Vital statistics of India. Vol. IV, Annual returns from 1871 to 1876. British Army of India, Native Army and jails of Bengal
Year: 1871
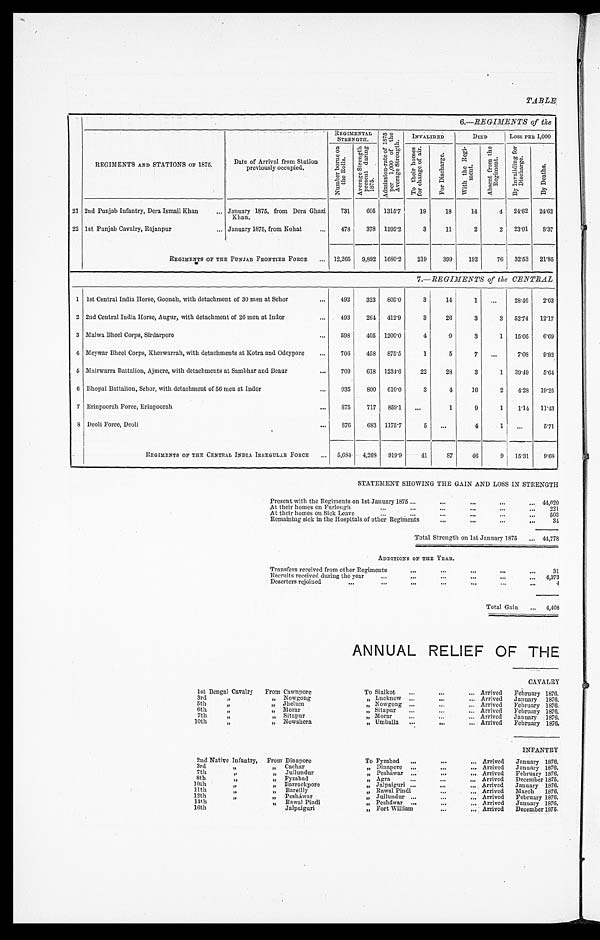
TABLE
6.—REGIMENTS of the
REGIMENTS AND STATIONS OF 1875.
Date of Arrival from Station
previously occupied.
REGIMENTAL
STRENGTH.
A d m i s s i o n - r a t e o f 1 8 7 5 p e r 1 , 0 0 0 o f t h e A v e r a g e S t r e n g t h .
INVALIDED
DIED
Loss PER 1,000
N u m b e r b o r n e o n t h e R o l l s .
A v e r a g e S t r e n g t h p r e s e n t d u r i n g 1 8 7 5 .
T o t h e i r h o m e s f o r c h a n g e o f a i r .
F o r D i s c h a r g e .
W i t h t h e R e g i m e n t .
A b s e n t f r o m t h e R e g i m e n t .
B y I n v a l i d i n g f o r D i s c h a r g e .
B y D e a t h s .
21 2nd Punjab Infantry, Dera Ismail Khan
. . . January 1875, from Dera Ghazi
Khan.
731
605 1315.7
19
18
14
4 24.62 24.62
22 1st Punjab Cavalry, Rajanpur
... January 1875, from Kohat
...
478
378 1595.2
3
11
2
2 23.01
8 . 3 7
REGIMENTS OF THE PUNJAB FRONTIER FORCE
... 12,265 9,892 1680.2
219
399
192
76 32.53 21.85
7.—REGIMENTS of the CENTRAL
1 1st Central India Horse, Goouah, with detachment of 30 men at Sehor
. . .
492
323 805.0
3
14
1
. . . 28.16
2.03
2 2nd Central India Horse, Augur, with detachment of 26 men at Indor
...
493
264 412.9
3
26
3
3 52.74 12.17
3 Malwa Bheel Corps, Sirdarpore
...
598
405 1200.0
4
.9
3
1 15.05
6.69
4 Meywar Bheel Corps, Kherwarrah, with detachments at Kotra and Odeypore
...
706
458 875.5
1
5
7
. . . 7.08
9.92
5 Mairwarra Battalion, Ajmere, with detachments at Sambhar and Beaur
...
709
618 1234.6
22
28
3
1 39.49
5.64
6 Bhopal Battalion, Sehor, with detachment of 56 men at Indor
. . . 935
800 610.0
3
4
16
2
4.28 19.25
7 Erinpoorah Force, Erinpoorah
...
S75
717 859.1
. . .
1
9
1
1.14 11.43
8 Deoli Force, Deoli
...
876
683 1175.7
5
. . .
4
1 ...
5.71
REGIMENTS OF THE CENTRAL INDIA IRREGULAR FORCE
... 5,684 4,269 919.9
41
87
46
9 15.31
9.68
STATEMENT SHOWING THE GAIN AND LOSS IN STRENGTH
Present with the Regiments on 1st January 1875 ...
...
...
...
... 44, 020
At their homes on Furlough
...
...
...
...
. . .
. . .
2 2 1
At their homes on Sick Leave
...
. . .
. . .
...
...
...
503
Remaining sick in the Hospitals of other Regiments
...
...
...
...
34
Total Strength on let January 1875
... 44,778
ADDITION'S OF THE YEAR.
Transfers received from other Regiments
. . .
. . .
...
...
...
31
Recruits received during the year
. . .
...
. . .
...
...
4,373
Deserters rejoined
...
. . .
...
. . .
. . .
. . . . . .
4
Total Gain ... 4,408
ANNUAL RELIEF OF THE
CAVALRY
lst Bengal Cavalry From Cawnpore
To Sialkot
. . . ...
. . . Arrived February 1876.
3r
,,
„ Nowgong
„ Lucknow ...
...
... Arrived January 1876.
5th
„
„ Jhelum
„ Nowgong ...
...
... Arrived February 1876.
6t h
, ,
,, Morar
,, Sitapur
...
. . .
... Arrived February 1876.
7th
, ,
„ Sitapur
„ Morar
. . .
. . .
... Arrived January 1876.
10th
, ,
„ Nowshera
„ Umballa ...
...
... Arrived February 1876.
INFANTRY
2nd Native Infantry, From Dinapore
To Fyzabad ...
...
... Arrived January 1876.
3rd
, ,
„ Cachar
„ Dinapore ...
...
... Arrived January 1876.
7th
„
„ Jullundur
„ Peshawar ...
...
... Arrived February 1876.
8th
, ,
„ Fyzabad
„ Agra
...
...
... Arrived December 1875.
loth
,,
„ Barrackpore
„ Jalpaiguri ...
...
... Arrived January 1876.
11th
, ,
„ Bareilly
„ Rawal Pindi
... Arrived
March 1876.
12th
, ,
„ Pesháwar
„ Jullundur ...
...
... Arrived February 1876.
14th
, , „ Rawal Pindi
„ Pesháwar ...
...
... Arrived January 1876.
16th
, , Jalpaiguri
„ Fort William
...
... Arrived December 1875.